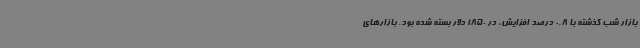
بازار شب گذشته با 0.8 درصد افزایش، در 1850 دلار بسته شده بود. بازارهای